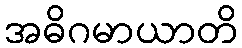
အဓိဂမာယာတိ